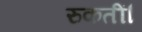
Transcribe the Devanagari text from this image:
रुकतीं।